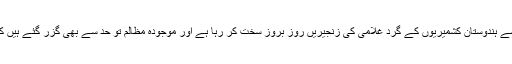
مگرا س مسئلے کو ابھی تک اقوام متحدہ نے حل نہیں کیا اور یہ حل نہ ہونے کی وجہ سے ہندوستان کشمیریوں کے گرد غلامی کی زنجیریں روز بروز سخت کر رہا ہے اور موجودہ مظالم تو حد سے بھی گزر گئے ہیں کہ کشمیریوں کو پیلٹ گن کے ذریعے اندھا کیا جا رہا ہے اور دنیا تماشہ دیکھ رہی ہے۔